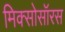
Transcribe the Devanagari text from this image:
मिक्सोसॉरस